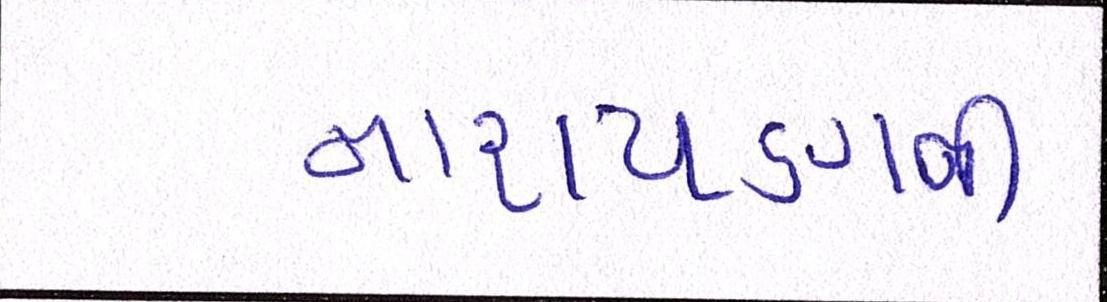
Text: નારાયણની